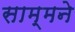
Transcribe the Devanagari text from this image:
साम्मने